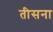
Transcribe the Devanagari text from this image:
तीसना